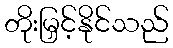
တိုးမြှင့်နိုင်သည်